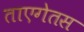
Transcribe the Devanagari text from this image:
ताएगेतस